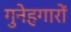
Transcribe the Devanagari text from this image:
गुनेहगारों